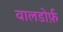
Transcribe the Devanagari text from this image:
वालडोर्फ़